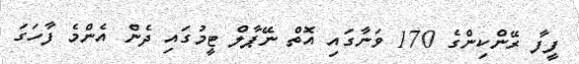
ފީފާ ރޭންކިންގެ 170 ވަނާގައި އޮތް ނޭޕާލް ޓީމުގައި ދެން އެންމެ ފާހަގަ